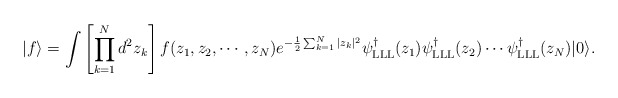
\begin{align*}| f \rangle = \int \left [ \prod_{k=1}^N d^2 z_k \right ] f(z_1, z_2, \cdots, z_N ) e^{-{1 \over 2} \sum_{k=1}^N | z_k |^2 } \psi^\dag_{\rm LLL}(z_1) \psi^\dag_{\rm LLL} (z_2) \cdots \psi^\dag_{\rm LLL}(z_N) | 0 \rangle. \end{align*}